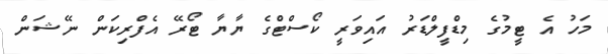
މަހު އެ ޓީމުގެ މިޑްފީލްޑަރު އައިވަރީ ކޯސްޓްގެ ޔާޔާ ޓޯރޭ އެފްރިކަން ނޭޝަން